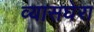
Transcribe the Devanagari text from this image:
व्यासघेरा